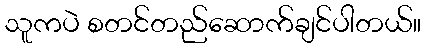
သူကပဲ စတင်တည်ဆောက်ချင်ပါတယ်။